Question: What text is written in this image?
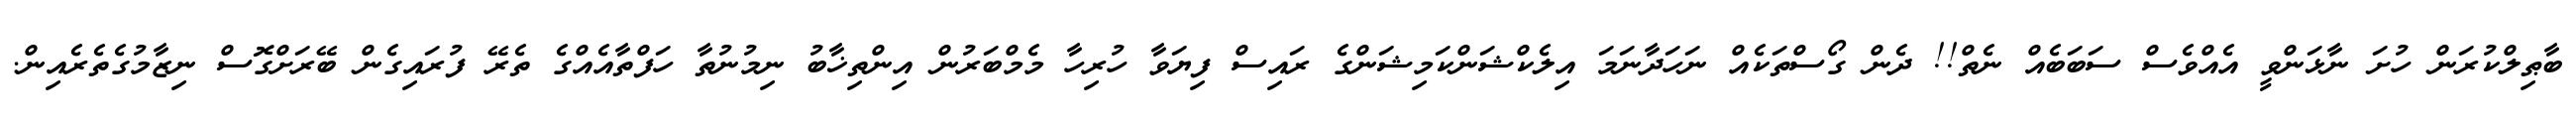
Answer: ބާޠިލްކުރަން ހުށަ ނާޅަންވީ އެއްވެސް ސަބަބެއް ނެތް!! ދެން ގޯސްތަކެއް ނަހަދާނަމަ އިލެކްޝަންކަމިޝަންގެ ރައިސް ފިޔަވާ ހުރިހާ މެމްބަރުން އިންތިޚާބު ނިމުނުތާ ހަފްތާއެއްގެ ތެރޭ ފުރައިގެން ބޭރަށްގޮސް ނިޒާމުގެތެރެއިން.